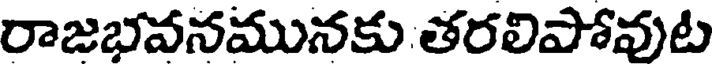
రాజభవనమునకు తరలిపోవుట